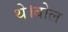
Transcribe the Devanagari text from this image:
थे।बोल